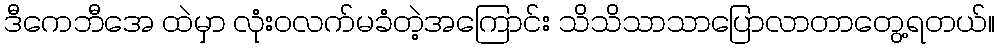
ဒီကေဘီအေ ထဲမှာ လုံးဝလက်မခံတဲ့အကြောင်း သိသိသာသာပြောလာတာတွေ့ရတယ်။